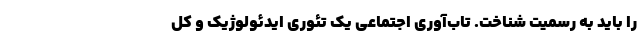
را باید به رسمیت شناخت. تاب‌آوری اجتماعی یک تئوری ایدئولوژیک و کل